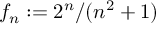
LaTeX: f _ { n } : = 2 ^ { n } / ( n ^ { 2 } + 1 )